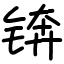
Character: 锛